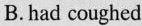
B.had coughed